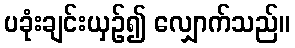
ပခုံးချင်းယှဉ်၍ လျှောက်သည်။